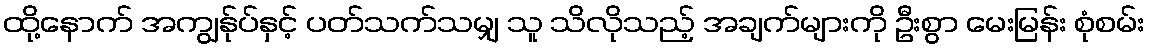
ထို့နောက် အကျွန်ုပ်နှင့် ပတ်သက်သမျှ သူ သိလိုသည့် အချက်များကို ဦးစွာ မေးမြန်း စုံစမ်း